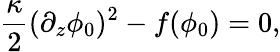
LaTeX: \frac{\kappa}{2}(\partial_{z}\phi_{0})^{2}-f(\phi_{0})=0,